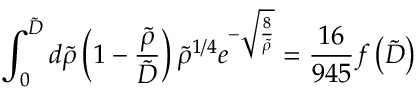
\int _ { 0 } ^ { \tilde { D } } d \tilde { \rho } \left( 1 - \frac { \tilde { \rho } } { \tilde { D } } \right) \tilde { \rho } ^ { 1 / 4 } e ^ { - \sqrt { \frac { 8 } { \tilde { \rho } } } } = \frac { 1 6 } { 9 4 5 } f \left( \tilde { D } \right)